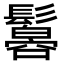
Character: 𩯠